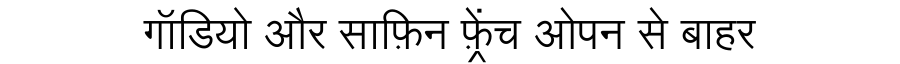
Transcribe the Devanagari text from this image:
गॉडियो और साफ़िन फ़्रेंच ओपन से बाहर